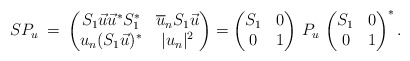
\begin{align*} SP_{u} \:=\: \begin{pmatrix} S_{1} \vec{u} \vec{u}^{*} S_{1}^{*} & \overline{u}_{n} S_{1} \vec{u} \\ u_{n} ( S_{1} \vec{u} )^{*} & |u_{n}|^{2} \end{pmatrix} = \begin{pmatrix} S_{1} & 0 \\ 0 & 1 \end{pmatrix} \, P_{u} \, \begin{pmatrix} S_{1} & 0 \\ 0 & 1 \end{pmatrix}^{*}.\end{align*}